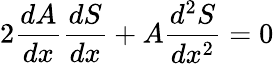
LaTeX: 2\frac{dA}{dx}\frac{dS}{dx}+A\frac{d^{2}S}{dx^{2}}=0